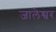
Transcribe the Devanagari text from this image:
जालेश्वर